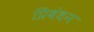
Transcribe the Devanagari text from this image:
प्रिबंधन